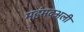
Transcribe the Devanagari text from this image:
महंमदअली